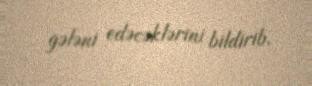
gələni edəcəklərini bildirib.